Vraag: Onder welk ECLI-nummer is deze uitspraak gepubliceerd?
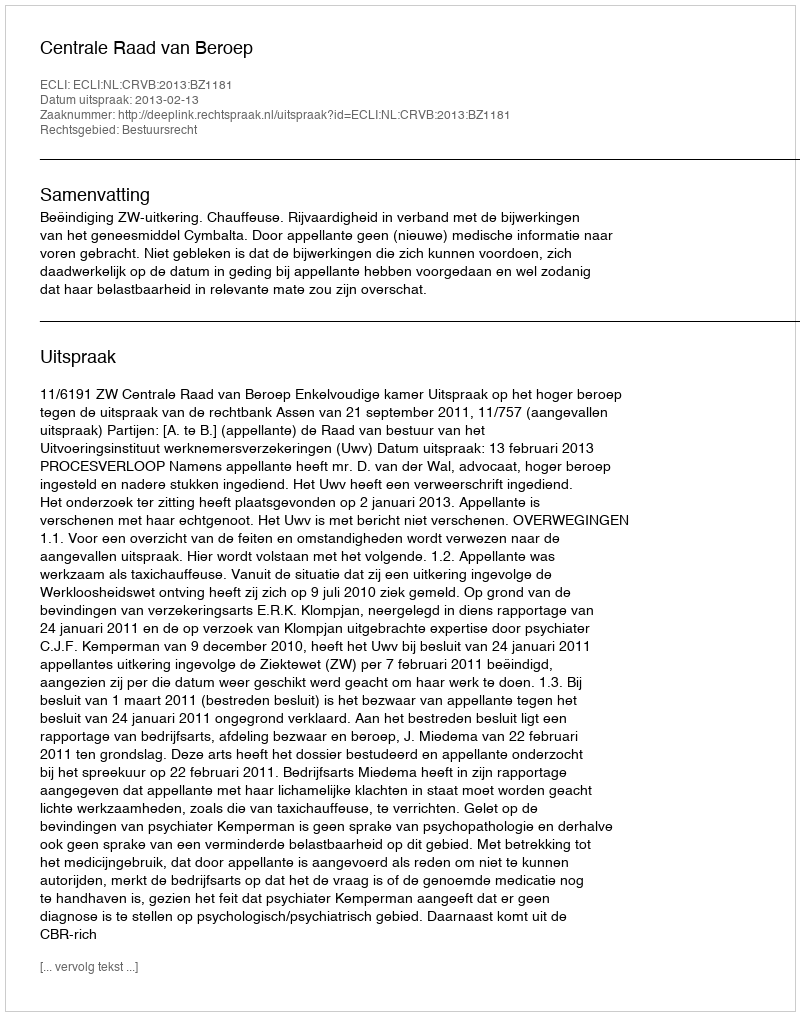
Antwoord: ECLI:NL:CRVB:2013:BZ1181